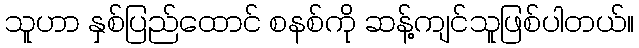
သူဟာ နှစ်ပြည်ထောင် စနစ်ကို ဆန့်ကျင်သူဖြစ်ပါတယ်။